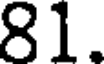
81.